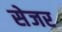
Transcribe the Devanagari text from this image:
सेजर